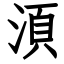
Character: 湏